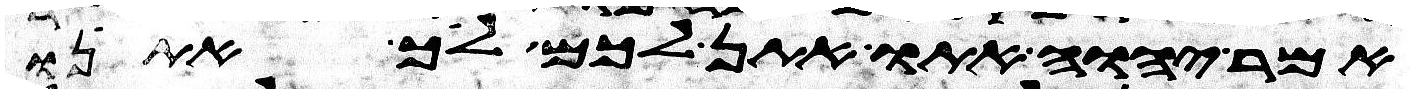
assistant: אמר יהוה אתו אתן לכם לך אתנו